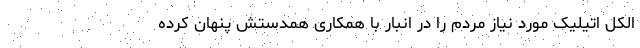
الکل اتیلیک مورد نیاز مردم را در انبار با همکاری همدستش پنهان کرده